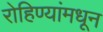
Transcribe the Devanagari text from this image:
रोहिण्यांमधून